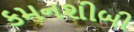
કમનશીબી